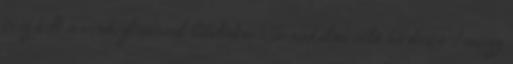
évig kell a vendéglátással bíbelődni. Társadalmi célú hirdetés Somogy